Leaving Certificate Examination, 1902
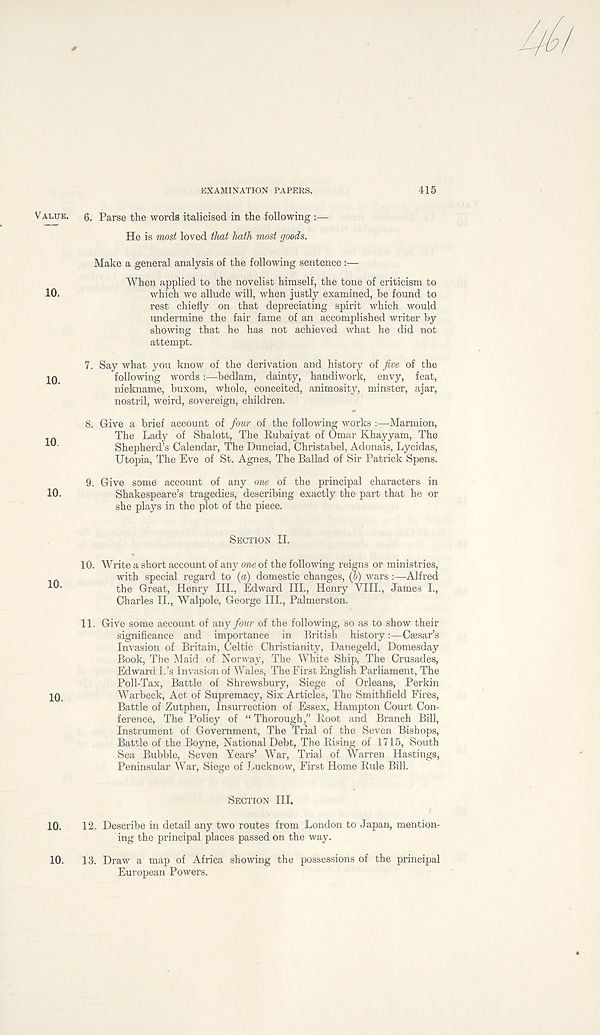
EXAMINATION PAPERS.
415
VALUE.
10.
10.
10
10.
10.
10.
10.
10.
6. Parse the words italicised in the following
He is most loved that hath most goods.
Make a general analysis of the following sentence :—
When applied to the novelist himself, the tone of criticism to
which we allude will, when justly examined, be found to
rest chiefly on that depreciating spirit which would
undermine the fair fame of an accomplished writer by
showing that he has not achieved what he did not
attempt.
7. Say what you know of the derivation and history of five of the
following words:—bedlam, dainty, handiwork, envy, feat,
nickname, buxom, whole, conceited, animosity, minster, ajar,
nostril, weird, sovereign, children.
8. Give a brief account of four of the following works :—Marmion,
The Lady of Shalott, The Rubaiyat of Omar Khayyam, The
Shepherd’s Calendar, The Dunciad, Christabel, Adonais, Lycidas,
Utopia, The Eve of St. Agnes, The Ballad of Sir Patrick Spens.
9. Give some account of any one of the principal characters in
Shakespeare’s tragedies, describing exactly the part that he or
she plays in the plot of the piece.
SECTION II.
10. Write a short account of any one of the following reigns or ministries,
with special regard to (a) domestic changes, (b) wars :—Alfred
the Great, Henry III., Edward III., Henry YIIL, James L,
Charles II., Walpole, George III., Palmerston.
11. Give some account of any four of the following, so as to show their
significance and importance in British history:—Caesar’s
Invasion of Britain, Celtic Christianity, Danegeld, Domesday
Book, The Maid of Norway, The White Ship, The Crusades,
Edward I.’s Invasion of Wales, The First English Parliament, The
Poll-Tax, Battle of Shrewsbury, Siege of Orleans, Perkin
War beck, Act of Supremacy, Six Articles, The Smithfield Fires,
Battle of Zutphen, Insurrection of Essex, Hampton Court Con-
ference, The Policy of “ Thorough,” Root and Branch Bill,
Instrument of Government, The Trial of the Seven Bishops,
Battle of the Boyne, National Debt, The Rising of 1715, South
Sea Bubble, Seven Years’ War, Trial of Warren Hastings,
Peninsular War, Siege of Lucknow, First Home Rule Bill.
SECTION HI.
12. Describe in detail any two routes from London to Japan, mention-
ing the principal places passed on the way.
13. Draw a map of Africa showing the possessions of the principal
European Powers.